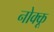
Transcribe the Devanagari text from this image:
नोक्कू